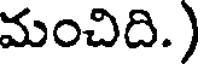
మంచిది.)